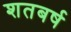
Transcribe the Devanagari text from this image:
शतबर्ष